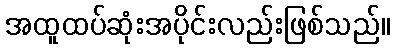
အထူထပ်ဆုံးအပိုင်းလည်းဖြစ်သည်။